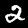
Label: 2